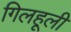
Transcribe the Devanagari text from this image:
गिलहूली